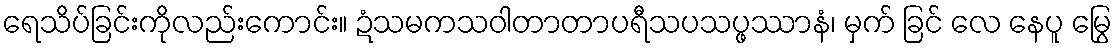
ရေသိပ်ခြင်းကိုလည်းကောင်း။ ဍံသမကသဝါတာတာပရီသပသပ္ဖဿာနံ၊ မှက် ခြင် လေ နေပူ မြွေ